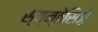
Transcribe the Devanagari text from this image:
स्य्न्ठेसिज़े